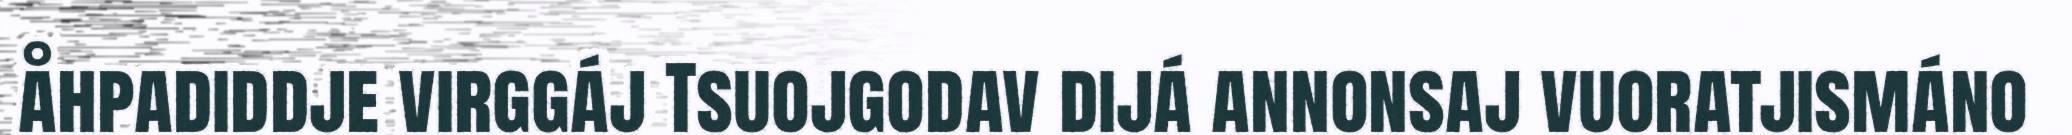
åhpadiddje virggáj Tsuojgodav dijá annonsaj vuoratjismáno